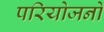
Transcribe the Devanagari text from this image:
परियोजनो